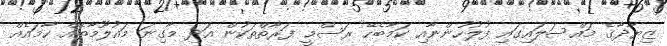
ޒިޔާދާގެ މައްސަލައިގައި ފުލުހުންނާއި ކަމާބެހޭ ރަސްމީ ފަރާތްތަކުން އަދި މާގިނަ މައުލޫމާތެއް ހާމައެއް